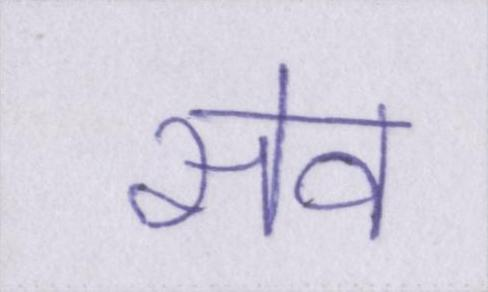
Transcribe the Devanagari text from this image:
सेव